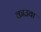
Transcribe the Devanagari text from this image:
काउवा